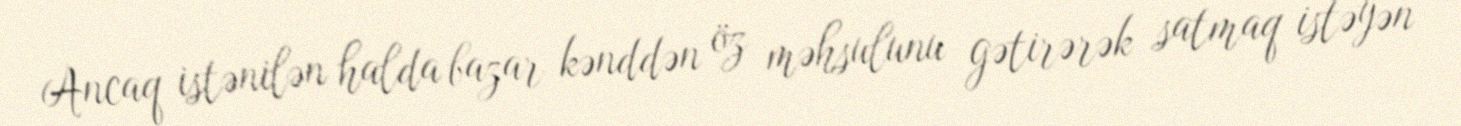
Ancaq istənilən halda bazar kənddən öz məhsulunu gətirərək satmaq istəyən